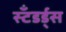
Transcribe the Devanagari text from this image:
स्टँडर्ड्‌स